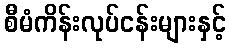
စီမံကိန်းလုပ်ငန်းများနှင့်